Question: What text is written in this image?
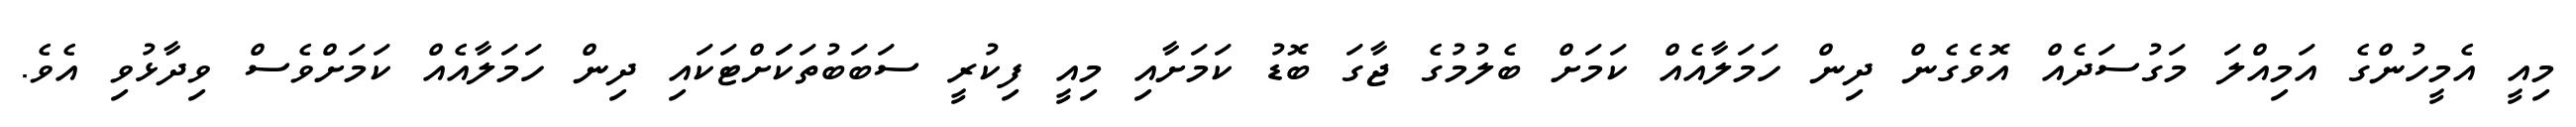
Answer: މިއީ އެމީހުންގެ އަމިއްލަ މަގުސަދެއް އޮވެގެން ދިން ހަމަލާއެއް ކަމަށް ބެލުމުގެ ޖާގަ ބޮޑު ކަމަށާއި މިއީ ފިކުރީ ސަބަބުތަކަަށްޓަކައި ދިން ހަމަލާއެއް ކަމަށްވެސް ވިދާޅުވި އެވެ.